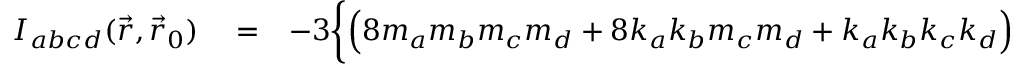
\begin{array} { r l r } { { \cal I } _ { a b c d } ( \vec { r } , \vec { r } _ { 0 } ) } & { { } = } & { - 3 \bigg \{ \Big ( 8 m _ { a } m _ { b } m _ { c } m _ { d } + 8 k _ { a } k _ { b } m _ { c } m _ { d } + k _ { a } k _ { b } k _ { c } k _ { d } \Big ) \frac { 1 } { b ^ { 2 } } \Big ( \frac { 2 } { r \big ( r + ( { \vec { k } } \cdot { \vec { r } } ) \big ) } - \frac { ( \vec { k } \cdot \vec { r } ) } { r ^ { 3 } } \Big ) + } \end{array}